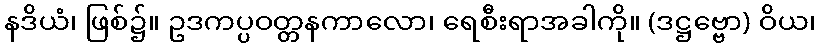
နဒိယံ၊ ဖြစ်၌။ ဥဒကပ္ပဝတ္တနကာလော၊ ရေစီးရာအခါကို။ (ဒဋ္ဌဗ္ဗော) ဝိယ၊